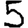
Digit: 5